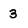
Character: 3